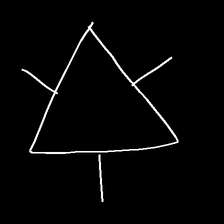
Glyph: fire